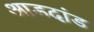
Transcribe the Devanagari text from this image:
आडदांड